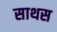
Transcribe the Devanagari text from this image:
साथस